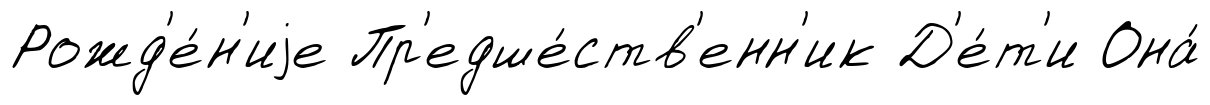
Рожд'е́н'иjе Пр'едше́ств'енн'ик Д'е́т'и Она́